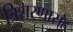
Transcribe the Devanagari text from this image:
त्रिशरणासह